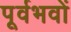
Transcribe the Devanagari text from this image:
पूर्वभवों